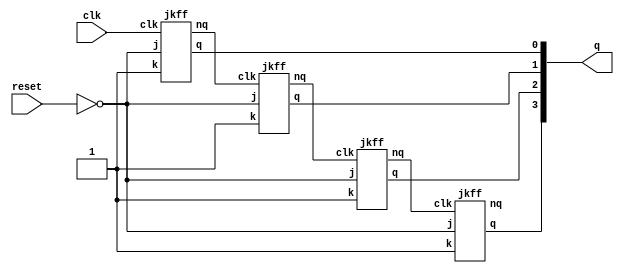


//reset does not work, please do not reset
//reset does something but not anything helpful

//can use reset to start it initially
//when reset is 1, it does not count

//but after the initial start, reset is unstable

module asynch_down_counter(reset, clk, q);
	
	input clk, reset;
	
	output [3:0] q;
	
	wire [3:0] nq;
	
	
	jkff ff1(!reset, 1'b1, clk, q[0], nq[0]);
	jkff ff2(!reset, 1'b1, nq[0], q[1], nq[1]);
	jkff ff3(!reset, 1'b1, nq[1], q[2], nq[2]);
	jkff ff4(!reset, 1'b1, nq[2], q[3], nq[3]);
	
	
	
	
endmodule



module jkff(j, k, clk, q, nq);
	
	input j, k, clk;
	output reg q = 1;
	output reg nq = 0;
	
	
	always @ (posedge clk) begin
		
		if(j && !k) begin
			q <= 1;
			nq <= 0;
		end
		else if(!j && k) begin
			q <= 0;
			nq <= 1;
		end
		else if(j && k) begin
			q <= nq;
			nq <= q;
		end
		//else nothing changes(!j && !q)
		
		
	end
	
endmodule